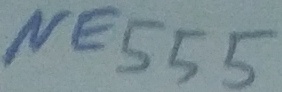
Text: NE555